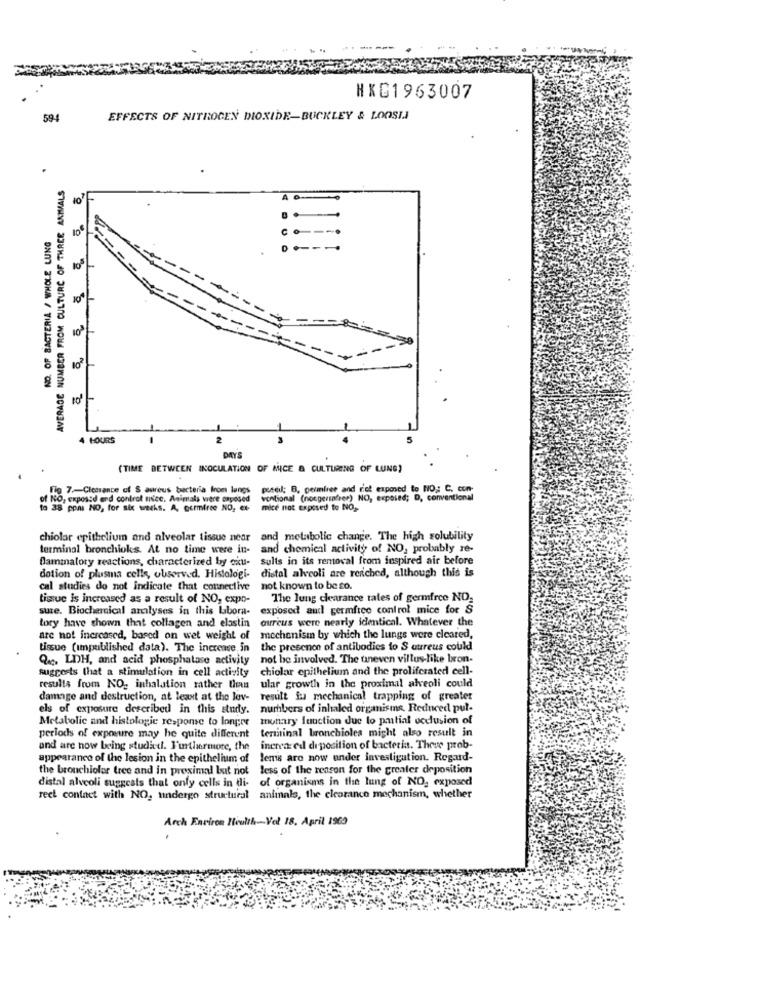
HKG1963007
594
EFFECTS OF NITROGEN DIOXIDE-BUCKLEY & LOOSII
AVERAGE NUMBER FROM CULTURE OF THREE ANMAALS
10
NO. OF BACTERIA / WHOLE LUNG
4 HOURS
DAYS
(TIME BETWEEN INOCULATION OF MICE & CULTURING OF LUNS)
Fig 7 .- Clearance of S aureus bacteria from langs
passed; B. gelmiree and riot exposed to NO: C. com.
of NO, expossd end control nice, Animals were exposed
ventional (nocgerinfrer) NO, exposed; D, conventional
to 38 pons NO, for six weeks. A. ourmirse NO, et mice not exposed to NO,
chiolar epithelium and alveolar tissue near
and metabolic change. The high solubility
terminal bronchioks. At no time were in- and chemical activity of NO, probably re-
Bammalory reactions, characterized by ciu- sulis in its removal from inspired air before
distal alveoli are renched, although this is
dotion of plusma cells, observed. Histologi-
cal studies do not indicate that connective
not known to be so.
tissue is increased as a result of NO, expo-
The lung clearance tales of germfrce NO,
suze. Biochemical amlyses in this labora- exposed and germfice control mice for S
tory have shown that collagen and elastin oureus were nearly identical. Whatever the
are not increased, based on wet weight of mechanism by which the lungs were cleared,
tissue (impublished data). The increase in
the presence of antibodies to S aureus could
Q%, LDH, and acid phosphatase activity not be involved. The uneven villus-like bron-
suggests that a stimulation in cell activity
chiolar epithelium and the proliferated cell-
results from NO2 inhalation rather than ular growth in the proximal alveoli could
damage and destruction, at least at the lov-
result fa mechanical trapping of greater
els of exposure described in this study. numbers of inhaled organisms, Reduced pul-
munnry function due to patial occlusion of
Metabolic and histologie response to longre
terminal bronchioles might also result in
periods of exposure may be quite different
and are now being studied. I'mlarmore, the increased diposition of bacteria. Thewe prob-
appearance of the lesion in the epithelium of
lemis aro now under investigation. Regard-
the bronchiolar tree and in proximal but not less of the reason for the greater deposition
distal alveoli suggests that only cells in di-
of organisms in the lung of NO, exposed
reet contact with NO, undergo structural animals, the clearance mechanism, whether
Arch Environ Health --- Vel 18. April 1969